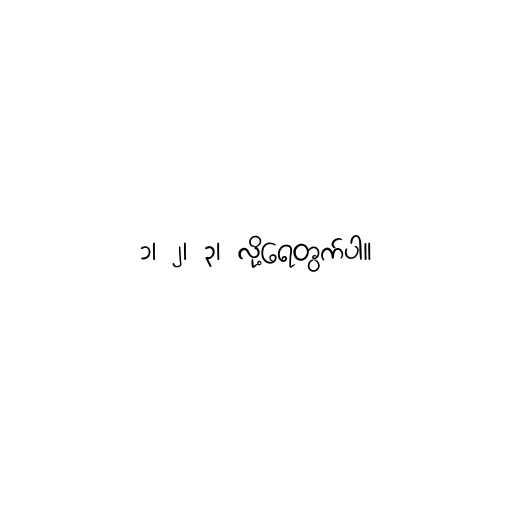
၁၊ ၂၊ ၃၊ လို့ရေတွက်ပါ။